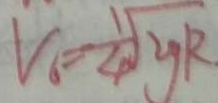
V _ { 6 } = \frac { 1 } { 4 } \sqrt { y R }